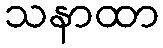
သနာထာ